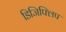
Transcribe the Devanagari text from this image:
डिजिफ्लिप